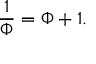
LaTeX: { \frac { 1 } { \Phi } } = \Phi + 1 .